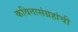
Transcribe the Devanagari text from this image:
कवितासंग्रहांची